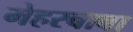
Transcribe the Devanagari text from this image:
मेहरबाबा